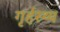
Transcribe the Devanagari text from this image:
गृर्हस्थ्य